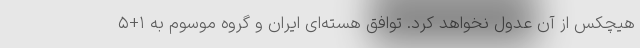
هیچکس از آن عدول نخواهد کرد. توافق هسته‌ای ایران و گروه موسوم به ۱+۵